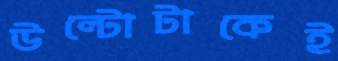
উল্টোটাকেই